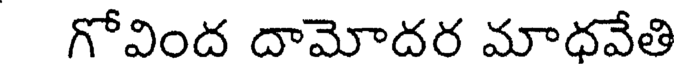
గోవింద దామోదర మాధవేతి